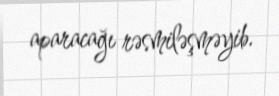
aparacağı rəsmiləşməyib.